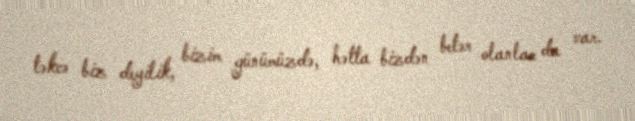
təkcə biz deyilik, bizim günümüzdə, hətta bizdən betər olanlar da var.